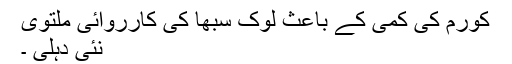
کورم کی کمی کے باعث لوک سبھا کی کارروائی ملتوی
نئی دہلی ۔